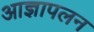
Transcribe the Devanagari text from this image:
आज्ञापलन